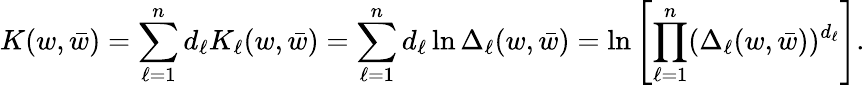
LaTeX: K(w,\bar{w})=\sum_{\ell=1}^{n}d_{\ell}K_{\ell}(w,\bar{w})=\sum_{\ell=1}^{n}d_{\ell}\ln\Delta_{\ell}(w,\bar{w})=\ln\left[\prod_{\ell=1}^{n}(\Delta_{\ell}(w,\bar{w}))^{d_{\ell}}\right].